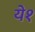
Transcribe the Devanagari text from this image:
ये१